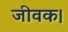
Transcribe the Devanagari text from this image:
जीवक।